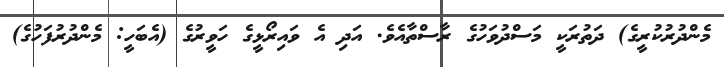
މެންދުރުކުރީގެ) ދަތުރަކީ މަސްދުވަހުގެ ރާސްތާއެވެ. އަދި އެ ވައިރޯޅީގެ ހަވީރުގެ (އެބަހީ: މެންދުރުފަހުގެ)